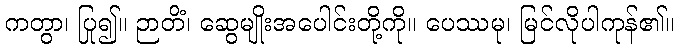
ကတွာ၊ ပြု၍။ ဉာတိံ၊ ဆွေမျိုးအပေါင်းတို့ကို။ ပေဿမု၊ မြင်လိုပါကုန်၏။